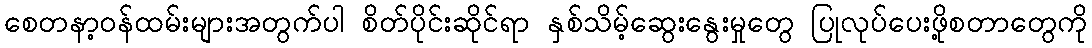
စေတနာ့ဝန်ထမ်းများအတွက်ပါ စိတ်ပိုင်းဆိုင်ရာ နှစ်သိမ့်ဆွေးနွေးမှုတွေ ပြုလုပ်ပေးဖို့စတာတွေကို